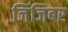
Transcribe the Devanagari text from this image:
जिंजिबर